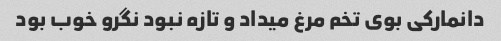
دانمارکی بوی تخم مرغ میداد و تازه نبود نگرو خوب بود